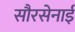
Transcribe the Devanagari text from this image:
सौरसेनाई